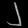
Digit: ၂